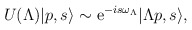
\begin{align*}U(\Lambda )|p,s\rangle \sim {\rm e}^{-is \omega_{\Lambda}} |\Lambda p, s\rangle ,\end{align*}